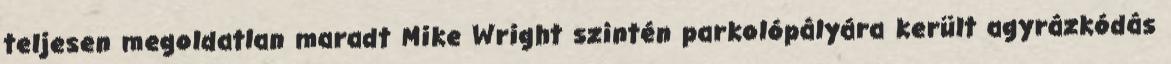
teljesen megoldatlan maradt Mike Wright szintén parkolópályára került agyrázkódás